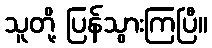
သူတို့ ပြန်သွားကြပြီ။